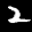
Label: 2